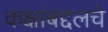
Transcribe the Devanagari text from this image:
कक्षांबद्दलचे